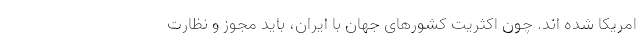
امریکا شده اند. چون اکثریت کشورهای جهان با ایران، باید مجوز و نظارت